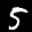
Label: 5